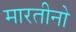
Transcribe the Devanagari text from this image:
मारतीनो